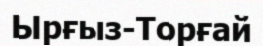
Ырғыз-Торғай